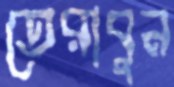
তেরাবুন